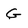
Character: G